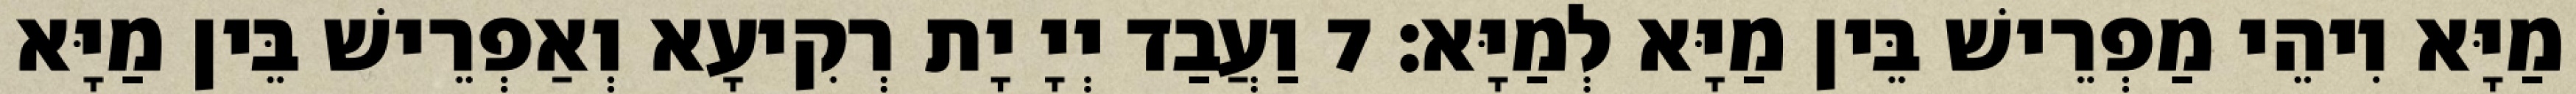
מַיָּא וִיהֵי מַפְרֵישׁ בֵּין מַיָּא לְמַיָּא׃ 7 וַעֲבַד יְיָ יָת רְקִיעָא וְאַפְרֵישׁ בֵּין מַיָּא